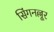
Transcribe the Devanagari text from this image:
सिंगनल्लूर